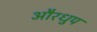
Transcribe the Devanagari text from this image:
औरधुप